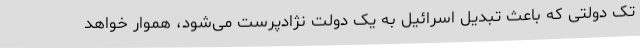
تک دولتی که باعث تبدیل اسرائیل به یک دولت نژادپرست می‌شود، هموار خواهد